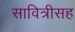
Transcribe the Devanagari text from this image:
सावित्रीसह